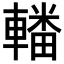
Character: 𨎚